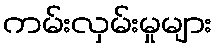
ကမ်းလှမ်းမှုများ